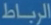
الرياضيات